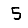
Digit: 5